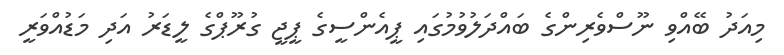
މިއަދު ބޭއްވި ނޫސްވެރިންގެ ބައްދަލުވުމުގައި ޕީއެންސީގެ ޕީޖީ ގުރޫޕްގެ ލީޑަރު އަދި މަޑުއްވަރީ